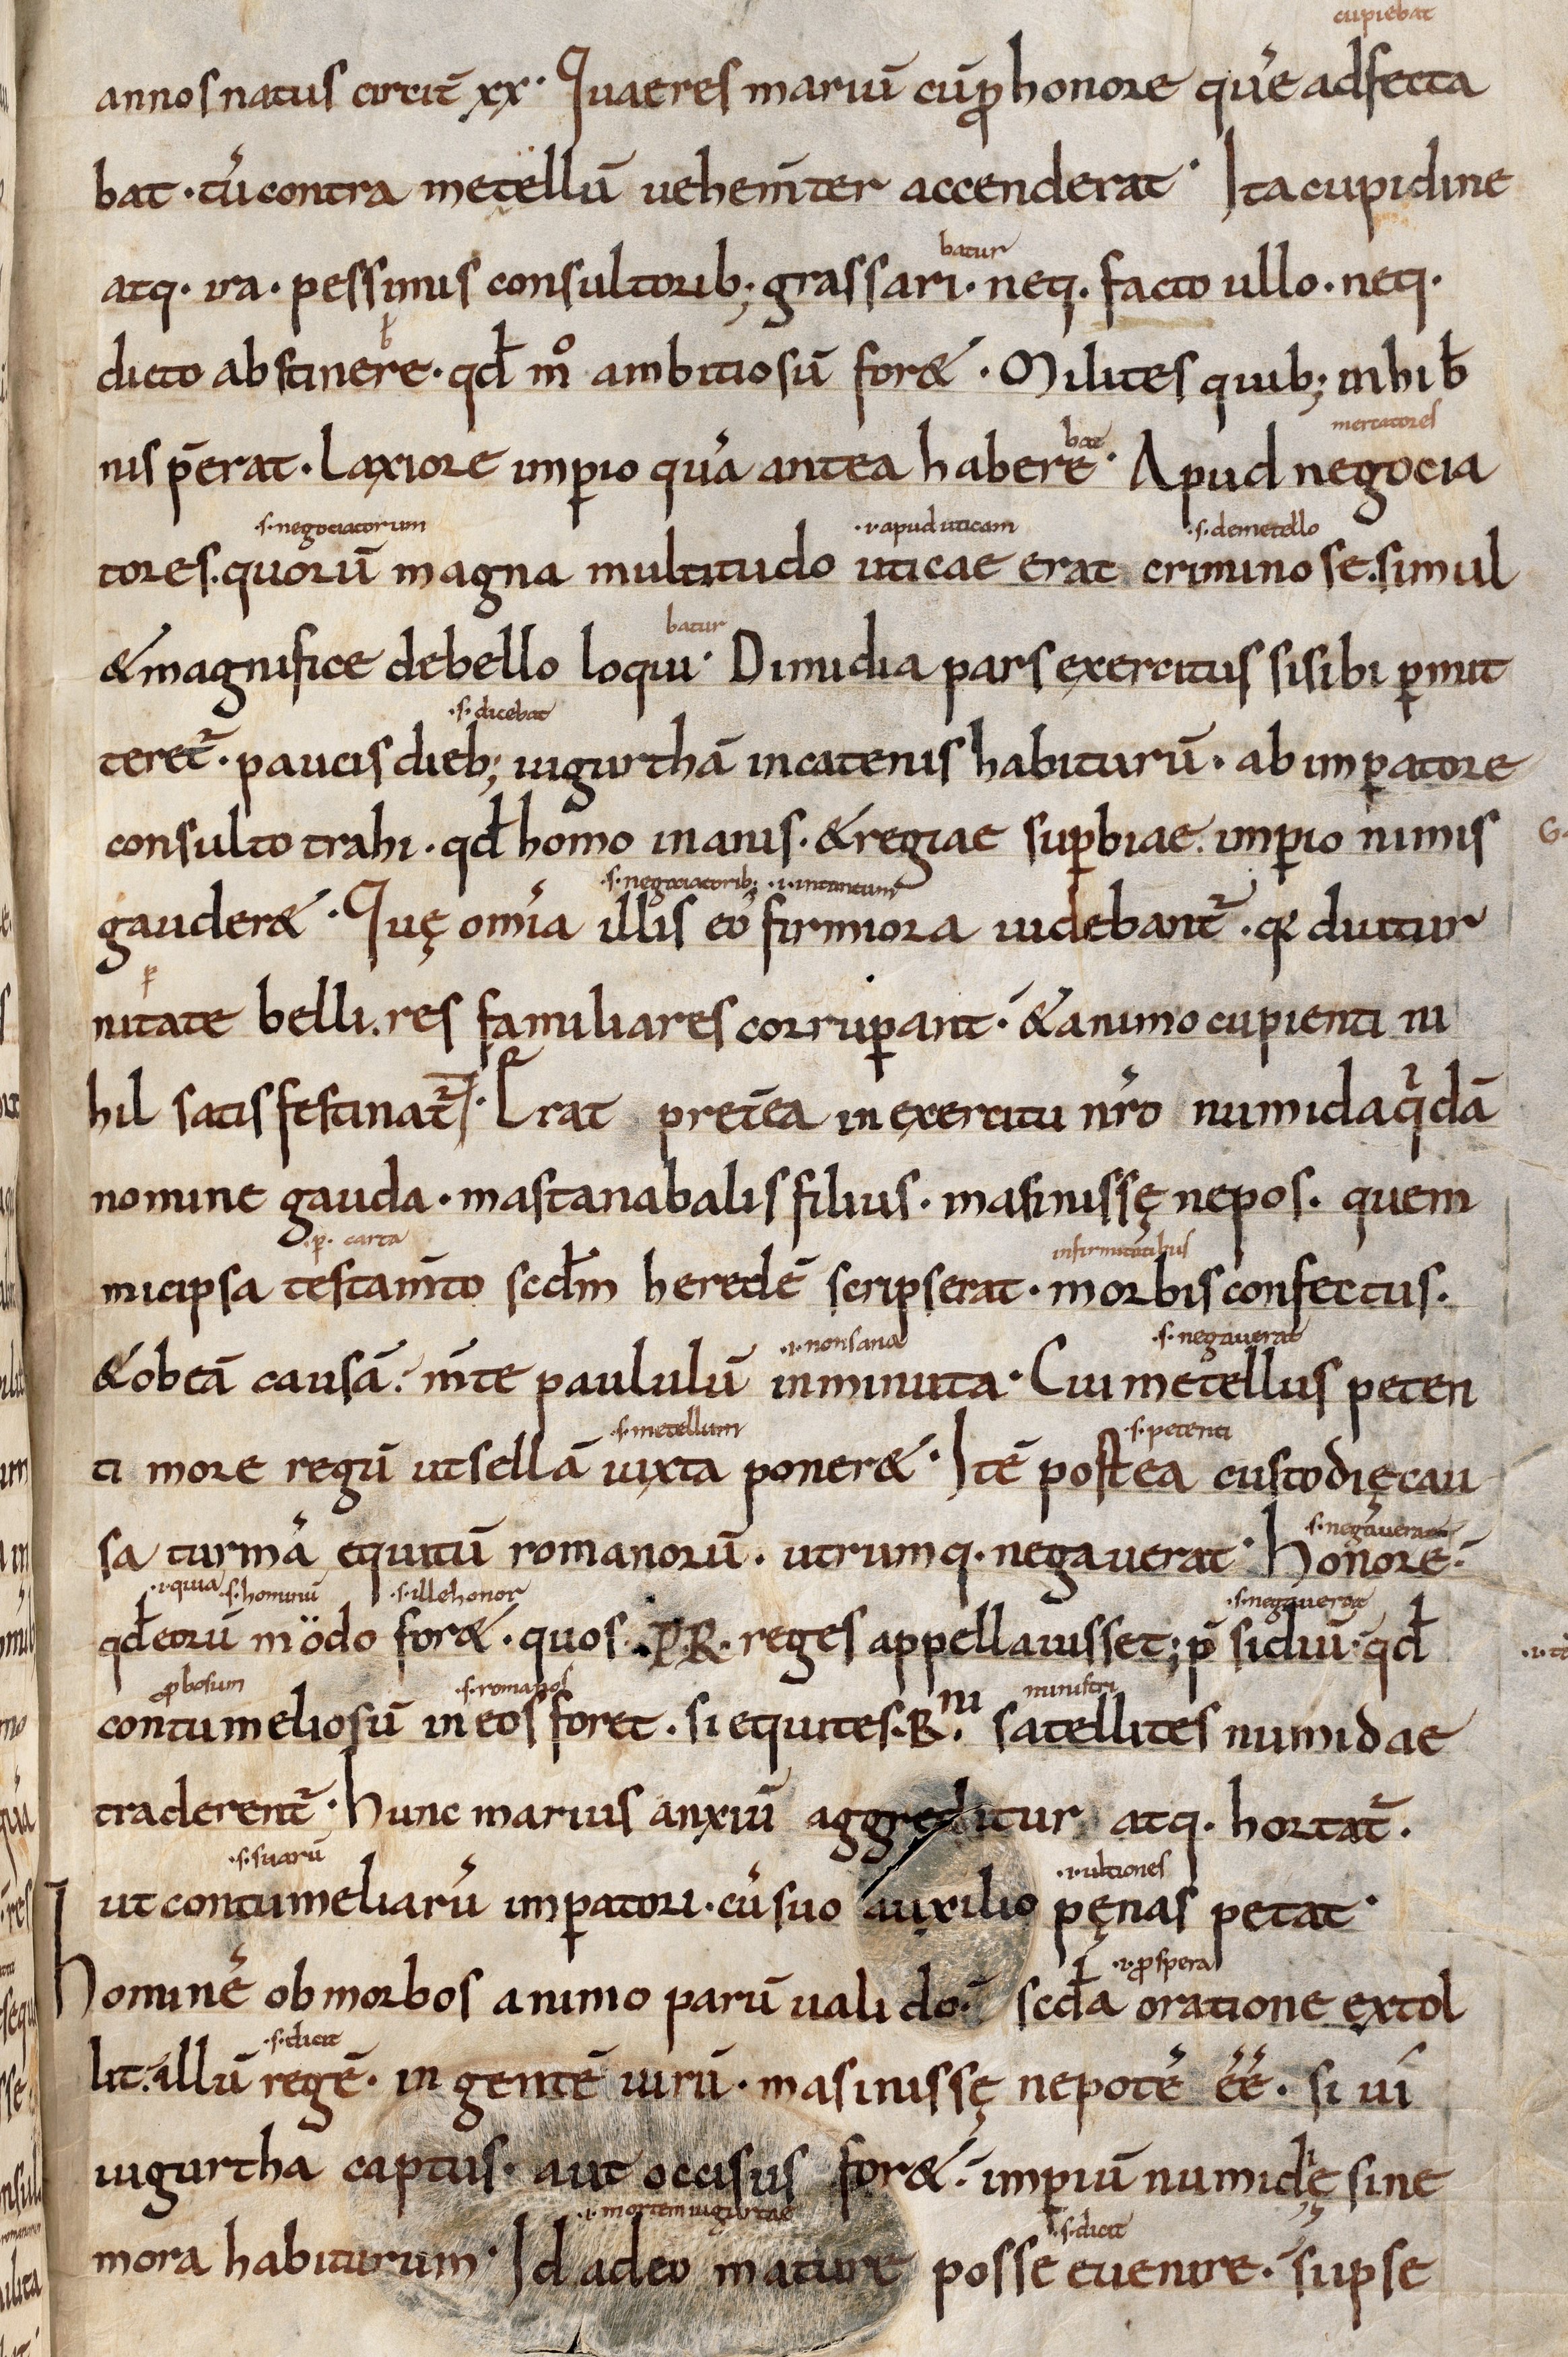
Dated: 1000–1099